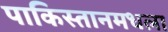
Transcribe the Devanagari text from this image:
पाकिस्तानमधला